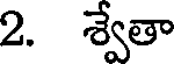
2. శ్వేతా